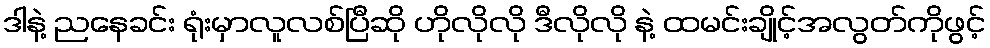
ဒါနဲ့ ညနေခင်း ရုံးမှာလူလစ်ပြီဆို ဟိုလိုလို ဒီလိုလို နဲ့ ထမင်းချိုင့်အလွတ်ကိုဖွင့်